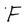
Character: F